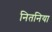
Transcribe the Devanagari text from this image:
नितनिया